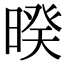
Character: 暌